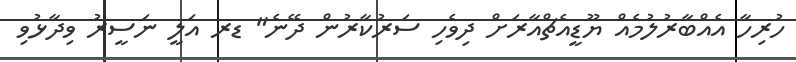
ހުރިހާ އެއްބާރުލުމެއް ޔޫޑީއެޗްއާރަށް ދިވެހި ސަރުކާރުން ދޭނެ" ޑރ އަލީ ނަސީރު ވިދާޅުވި